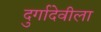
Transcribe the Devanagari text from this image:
दुर्गादेवीला